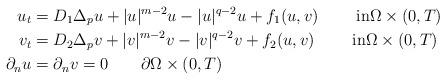
LaTeX: \begin{align*}u_{t} & =D_{1}\Delta_{p}u+|u|^{m-2}u-|u|^{q-2}u+f_{1}(u,v)\qquad\text{ in}\Omega\times(0,T)\\v_{t} & =D_{2}\Delta_{p}v+|v|^{m-2}v-|v|^{q-2}v+f_{2}(u,v)\qquad\text{ in}\Omega\times(0,T)\\\partial_{n}u & =\partial_{n}v=0\qquad\partial\Omega\times(0,T)\end{align*}